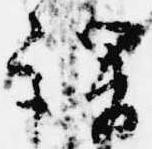
謂